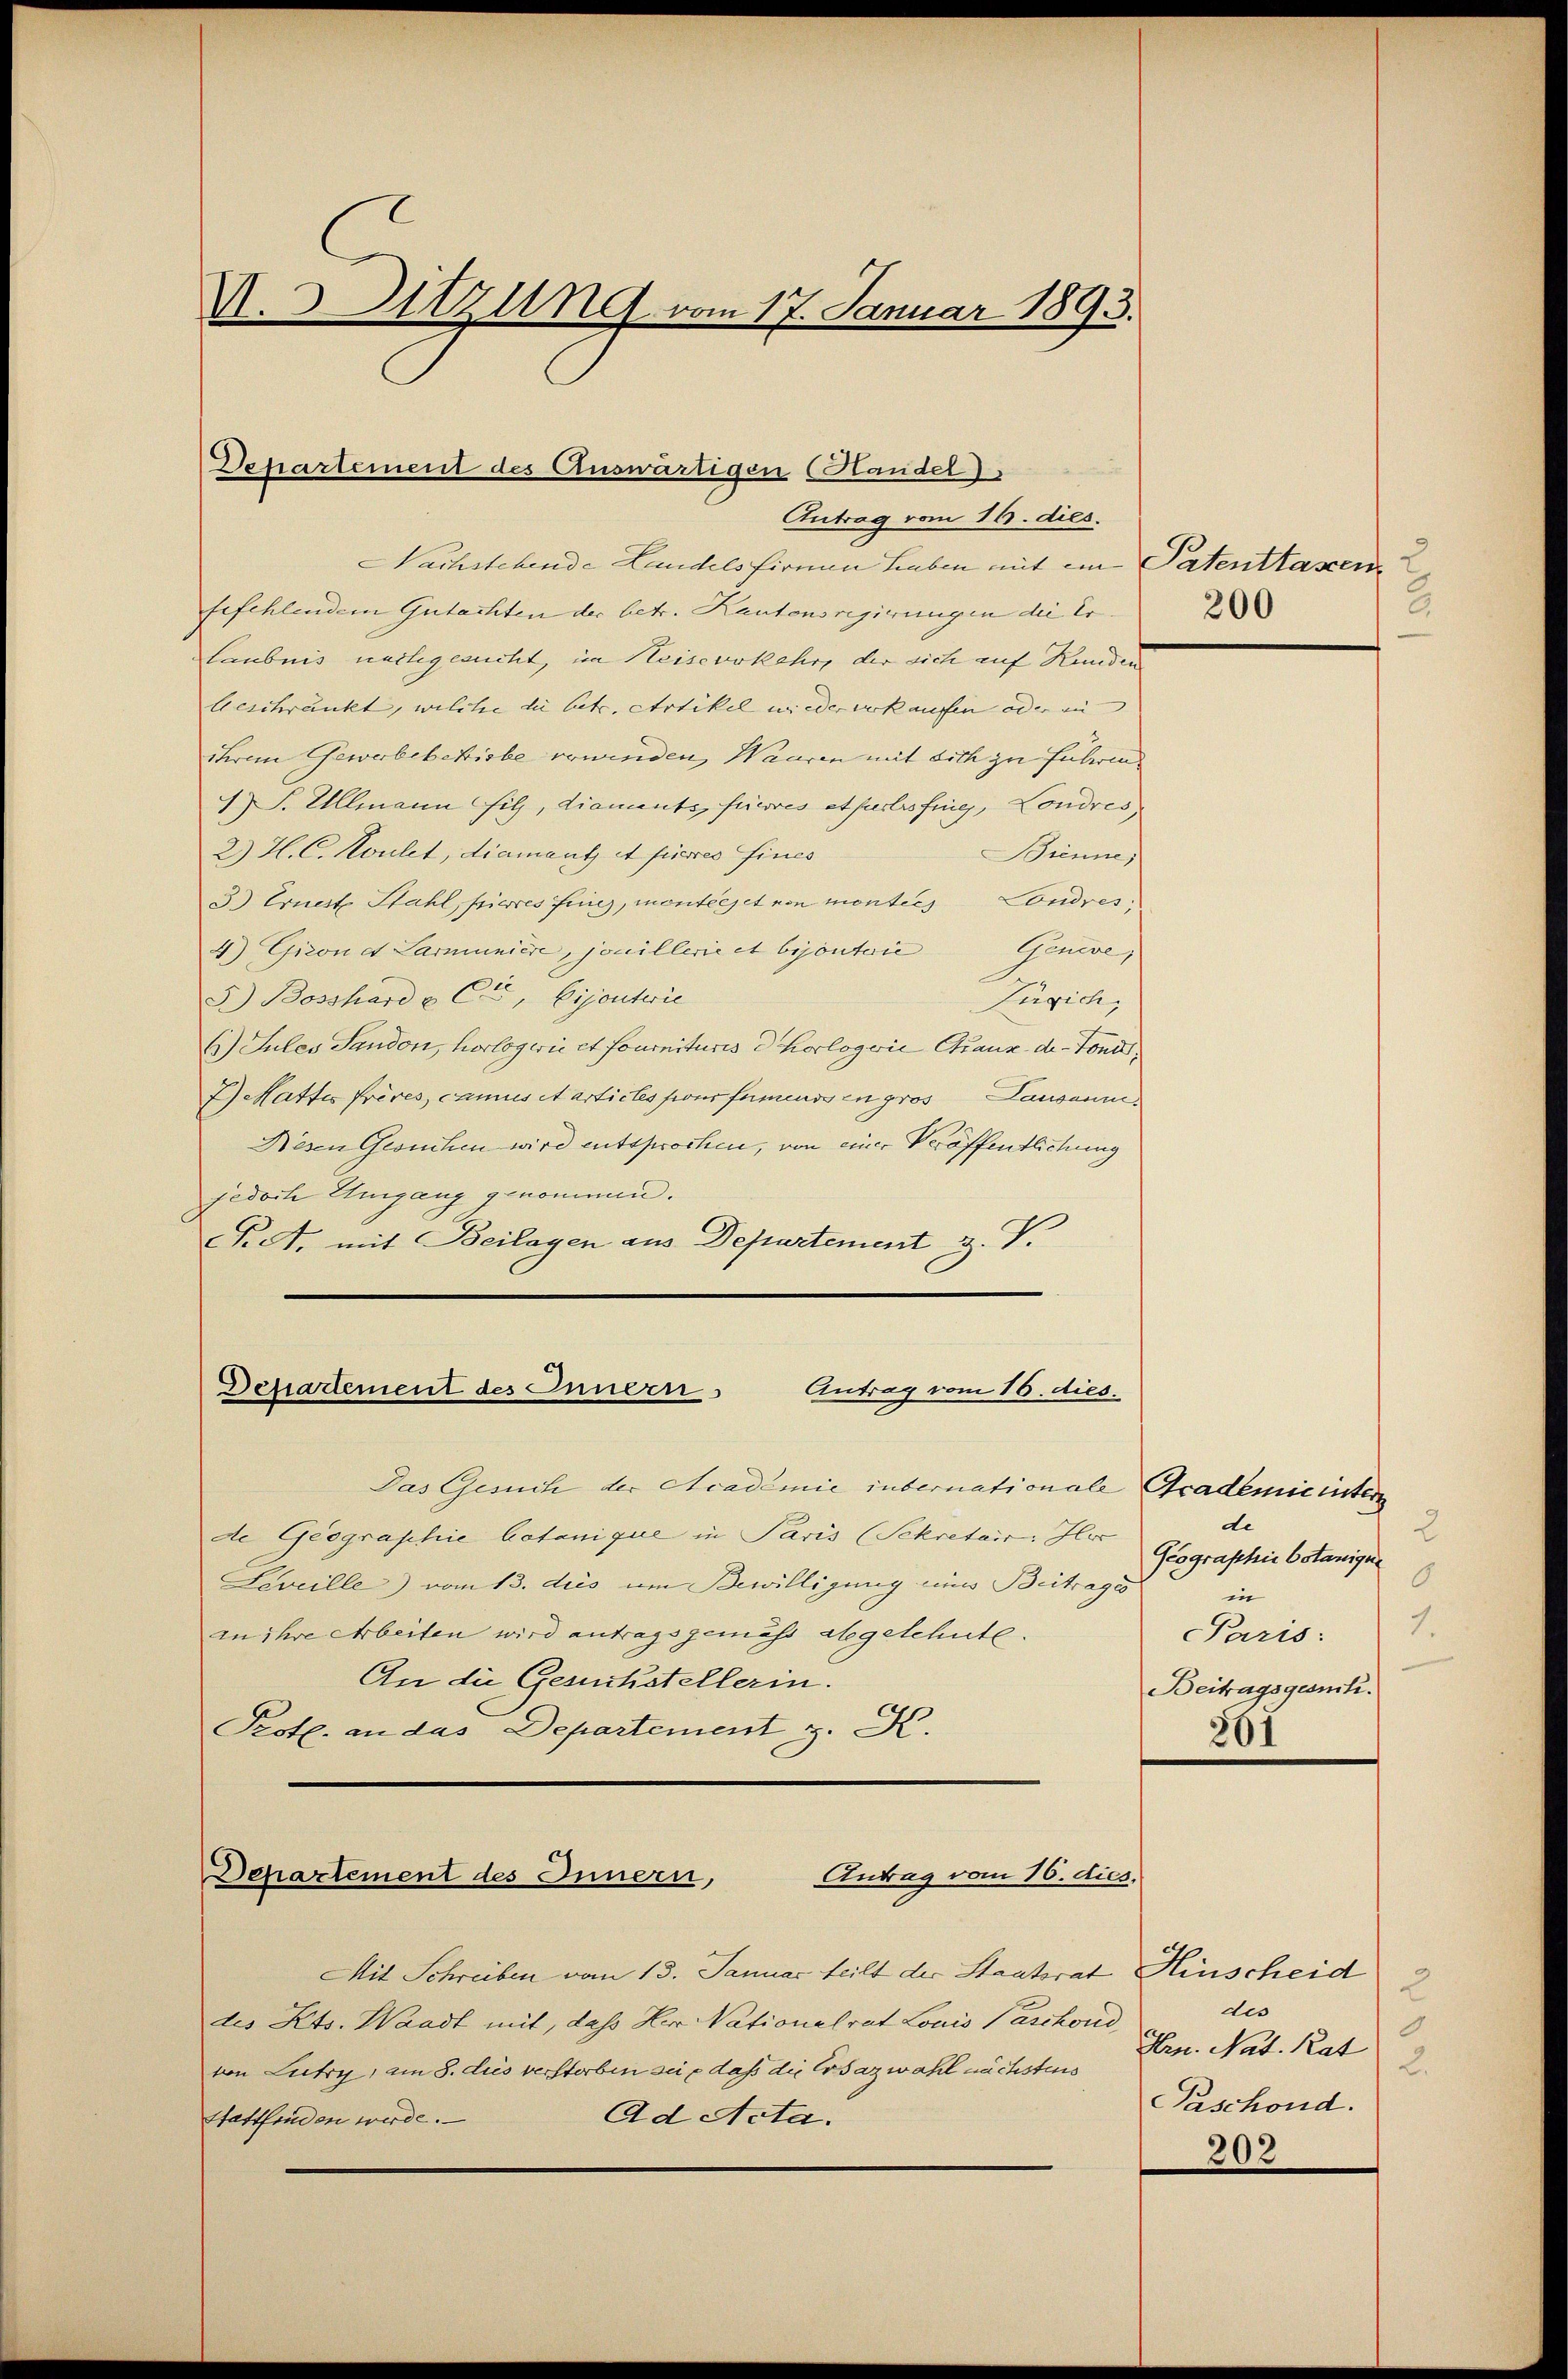
U.Sitzung vom 17. Januar 1893.

Departement des Auswärtigen (Handel)
Antrag vom 16. dies

Nachstehende Landels firnen Leben mit ein Patentlassen
befehlendem Gutachten der betr. Kantonsregierungen die Erlaubnis nachgesucht, im Heiseverkehr, der sich auf Kunden
Geschränkt, welche die betr. Artikel wieder verkaufen oder in |
ihrem Gewerbebekiebe erwinden, Waaren mit sich zu Führun
J. Ullmann Fitz, diaments, faires et pers fing, Londres
2) H.C. Koulet, diamant et fieres fines
Brenne,
3. Ernest Stahl, pierres fing, monteejet von montes Londres,
4) Giron et Larunière, jouillerie et bijoutorie Gene
Zürich,
F. Bosshard & Cie, Bijoutie
G) Jules Sandon, horlogerie et fournituris d. Korlogene Granz der Toni¬
J) Mattes frères, canus et artictes sons famens in gros Lausanne¬
Nesen Gesuchen wird entsprochen, von einer Veröffentlichung
jedoch Umgang genommen.
Pet. mit Beilagen aus Departement H. V.

Departement des Innern Antrag vom 16. dies

Das Gesuch der Academie inbernationale Academie inter
de Geographie botanique in Paris (Sekretair Her
Leveille) vom 13. dies um Bewilligung ein Beitrages
an ihre Arbeiten wird antragsgemäss abgelehnte.
An die Gesuchstellerin.
Protl. an das Departement z. K.

Antrag vom 16. dies.
Departement des Innern,

Mit Schreiben vom 13. Januar teilt der Staatsrat
des Kts. Waadt mit, dass Her Nationalrat Louis Paschond
von Lutry, am 8. des verstorben sei – dass die Ersazwahl nächstens
Ad Acta.
stattfinden werde.

2.
200

de
2
Geographie botanigen
6
in
1.
Paris:
Beitragsgesik.
561

Hinscheid
2
des
d
Hrn. Nat. Rat 2
Paschond.
202